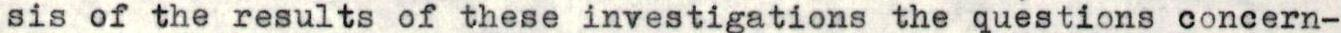
sis of the results of these investigations the questions concern-